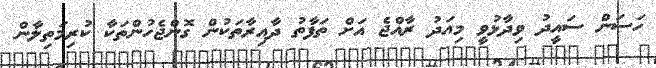
ހަސަން ސައީދު ވިދާޅުވީ މިއަދު ރާއްޖެ އަށް ތަފާތު ދާއިރާތަކުން ގޮންޖެހުންތަކާ ކުރިމަތިލާން